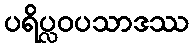
ပရိပ္လဝပသာဒဿ